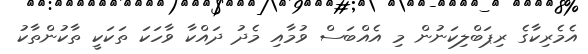
އެމެރިކާގެ ރިޕަބްލިކަނުން މި އެއްބަސް ވުމާއި މެދު ދައްކާ ވާހަކަ ތަކަކީ ތާކުންތާކު